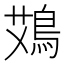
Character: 鴱